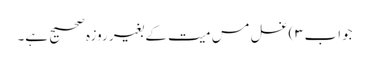
جواب۳)غسل مس میت کے بغیر روزہ صحیح ہے۔